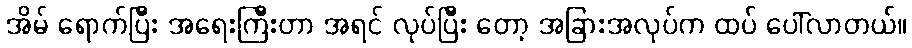
အိမ် ရောက်ပြီး အရေးကြီးတာ အရင် လုပ်ပြီး တော့ အခြားအလုပ်က ထပ် ပေါ်လာတယ်။